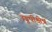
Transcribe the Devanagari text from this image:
उडुपीक्षेत्र